Dysentery and liver abscess in Bombay - Number 47
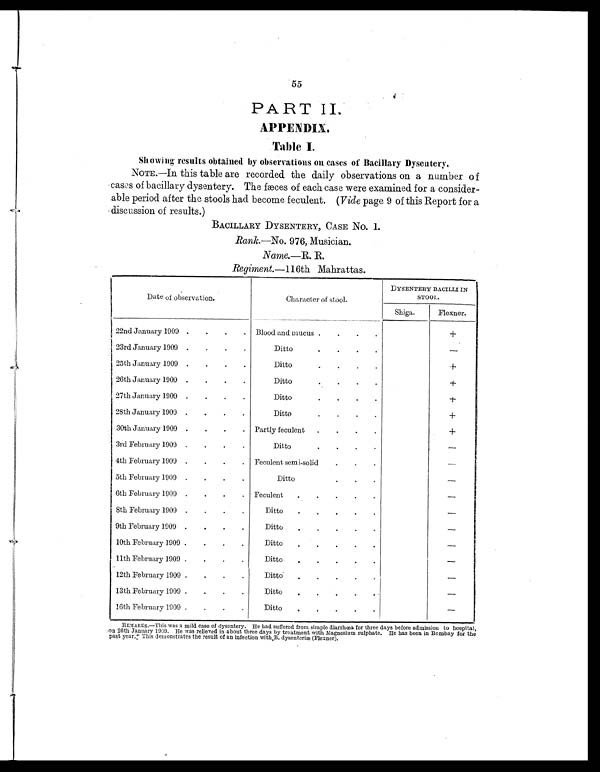
55
PART II.
APPENDIX.
Table I.
Showing results obtained by observations on cases of Bacillary Dysentery.
NOTE.—In this table are recorded the daily observations on a number of
cases of bacillary dysentery. The fæces of each case were examined for a consider-
able period after the stools had become feculent. (Vide page 9 of this Report for a
discussion of results.)
BACILLARY DYSENTERY, CASE NO. 1.
Rank.—No. 976, Musician.
Name.—R. R.
Regiment.-116th Mahrattas.
Date of observation.
Character of stool.
1
DYSENTERY BACILLI IN
S T O O L .
Shiga.
Flexner.
22nd January 1909 .
.
Blood and mucus .
+
23rd January 1909
.
.
. .
D i t t o .
.
.
.
—
25th January 1909 .
.
.
.
Ditto
.
.
.
.
+
26th January 1909 .
.
.
.
Ditto
.
.
.
.
+
27th January 1909 .
.
.
.
Ditto
.
.
•
•
+
28th January 1909 .
.
.
.
Ditto
.
.
.
.
+
30th January 1909 .
.
. Partly feculent
.
+
3rd February 1909 .
.
.
.
Ditto
.
.
.
.
—
4th February 1909 .
.
. Feculent semi-solid
—
5th February 1909 .
.
.
.
Ditto
.
.
.
—
6th February 1909 .
.
.
. Feculent
.
.
.
.
.
—
8th February 1909
.
. .
.
D i t t o .
. .
.
.
—
9th February 1909 .
.
.
.
Ditto
.
.
.
—
10th February 1909 .
.
.
.
Ditto
.
.
.
.
.
—
11th February 1909
.
.
.
Ditto
.
.
.
.
.
—
12th February 1909
.
. .
.
Ditto
.
.
.
.
.
—
13th February 1909
.
.
.
Ditto
.
.
.
—
16th February 1909
.
.
.
Ditto
.
.
.
.
.
—
REMARKS.—This was a mild case of dysentery. He had suffered from simple diarrhœa for three days before admission to hospital,
on 26th January 1909. He was relieved in about three days by treatment with magnesium sulphate. He has been in Bombay for the
past year. This demonstrates the result of an infection with B. dysenteriæ (Flexner).